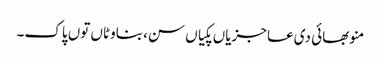
منو بھائی دی عاجزیاں پکیاں سن، بناوٹاں توں پاک۔